Leningradi_Edasi_toimetus, lk 52
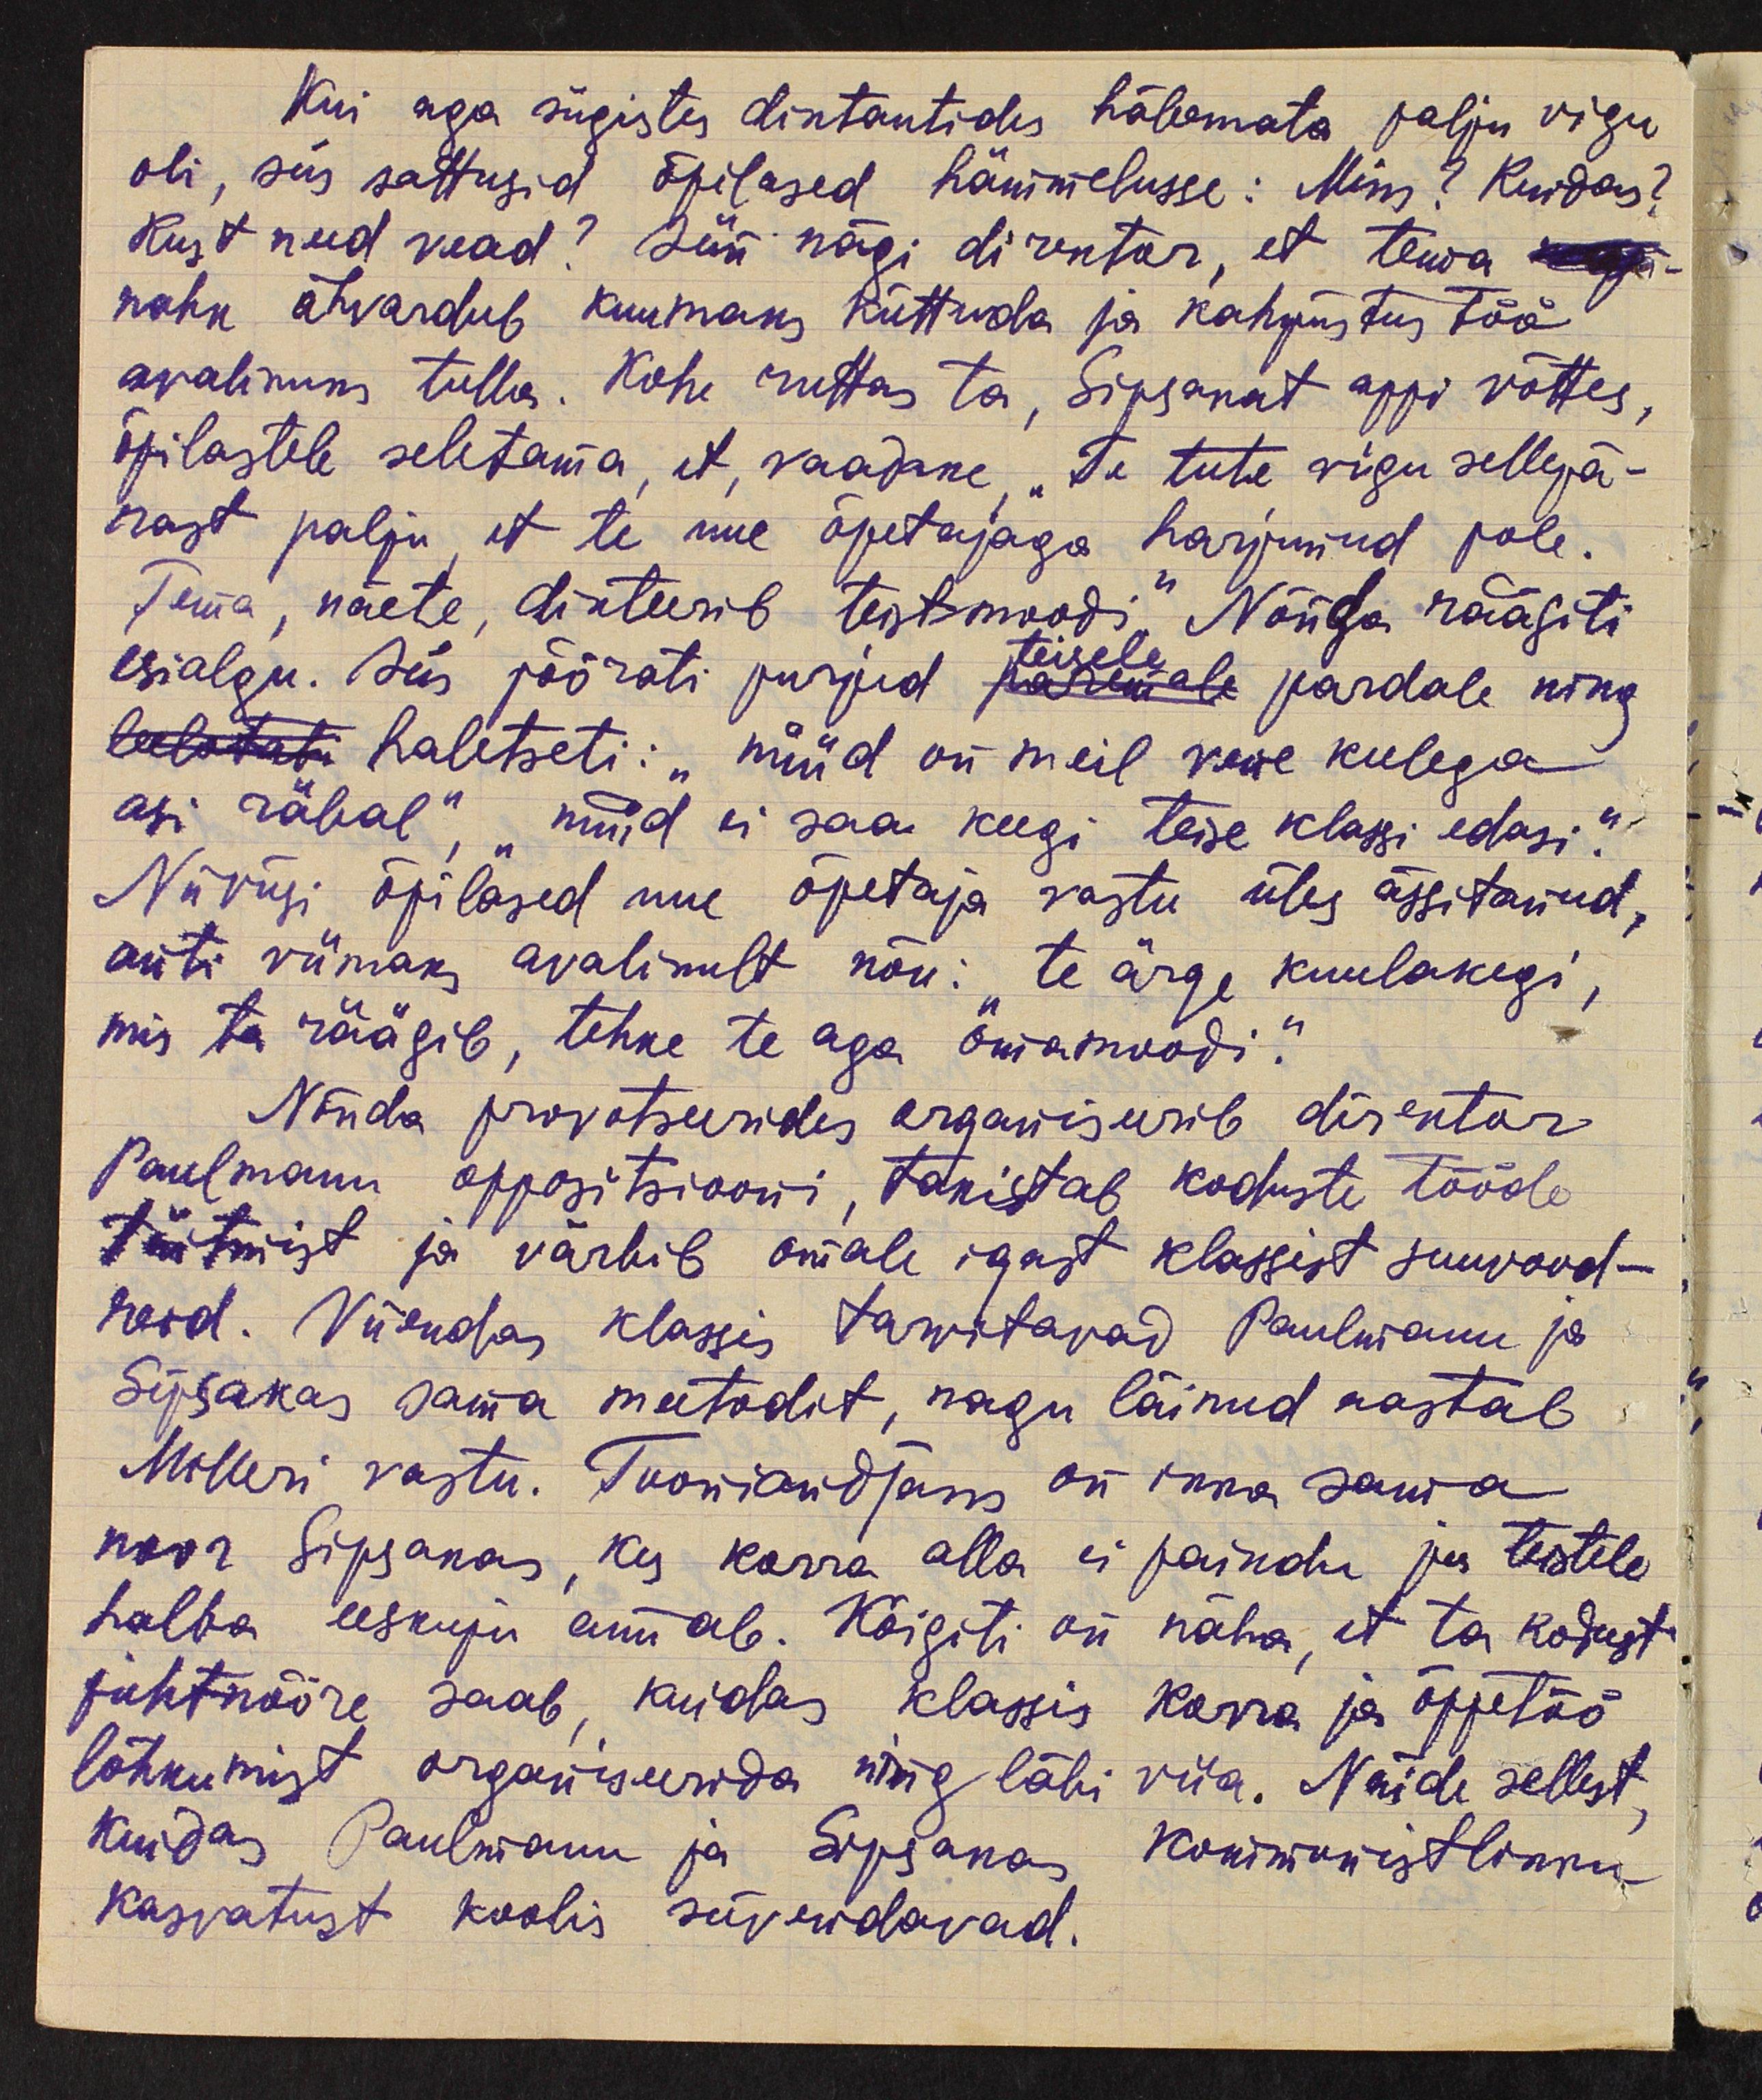
Kui aga sügistes diktantides häbemata palju vigu
oli, siis sattusid õpilased hämmelusse: Miks? Kuidas?
Kust need vead? Siis nägi direktor, et tema kop-
nahk ähvardub kuumaks küttuda ja kahjustus töö
avalikus tulla. Kohe ruttas ta, Sipsakat appi võttes,
õpilastele seletama, et vaadake, "Te teete vigu sellepä-
rast palju, et te uue õpetajaga harjunud pole.
Tema, näete, dikteerib teistmoodi." Nõnda räägiti
esialgu. Siis pöörati purjed paremale pardale ning
teisele
leelotati haletseti: "nüüd on meil vene keelega
asi räbal" nüüd ei saa keegi teise klassi edasi."
Niiviisi õpilased uue õpetaja vastu üles ässitanud,
anti viimaks avalikult nõu: "te ärge kuulakegi,
mis ta räägib, tehke te aga omamoodi."
Nõnda provotseerides organiseerib direktor
Paulmann oppositsiooni, takistab koduste tööde
täitmist ja värbib omale igast klassist suuvood-
reid. Viiendas klassis tarvitavad Paulmann ja
Sipsakas sama meetodit, nagu läinud aastal
Milleri vastu. Tooniandjaks on ikka sama
noor Sipsakas, kes korra alla ei paiudu ja teistele
halba eeskuju annab. Kõigiti on näha, et ta kodust
juhtnööre saab, kuidas klassis korra ja õppetöö
lõhkumist organiserida ning läbi viia. Näide sellest,
kuidas Paulmann ja Sipsakas kommunistlikku
kasvatust koolis süvendavad.